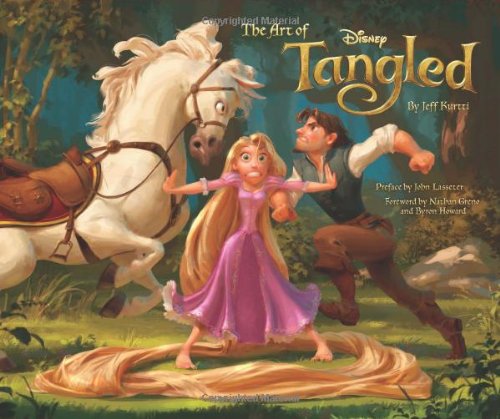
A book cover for The Art of Tangled; Jeff Kurtti; Humor & Entertainment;